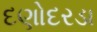
દણોદરડા